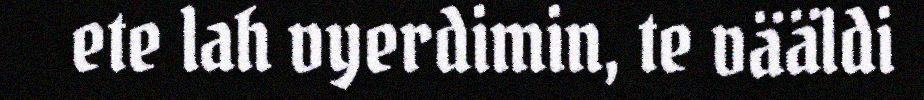
ete lah vyerdimin, te vääldi